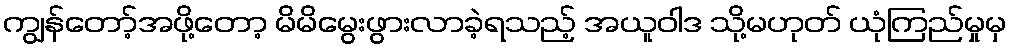
ကျွန်တော့်အဖို့တော့ မိမိမွေးဖွားလာခဲ့ရသည့် အယူဝါဒ သို့မဟုတ် ယုံကြည်မှုမှ